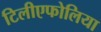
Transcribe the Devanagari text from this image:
टिलीएफोलिया